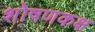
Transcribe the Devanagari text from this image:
शोषणकक्ष